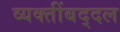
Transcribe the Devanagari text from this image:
व्यक्तींबद्दल